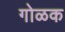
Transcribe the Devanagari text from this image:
गोळक